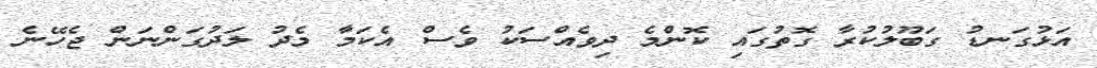
އަޅުގަނޑު ގަބޫލުކުރާ ގޮތުގައި ކޮންމެ ދިވެއްސަކު ވެސް އެކަމާ މެދު ލަދުގަންނަން ޖެހޭނެ